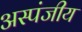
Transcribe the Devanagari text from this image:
अस्पंजीय